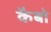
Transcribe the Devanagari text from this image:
कैबो